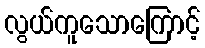
လွယ်ကူသောကြောင့်